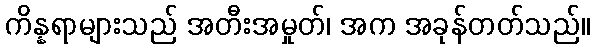
ကိန္နရာများသည် အတီးအမှုတ်၊ အက အခုန်တတ်သည်။